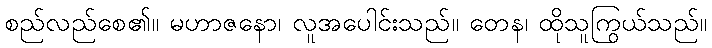
စည်လည်စေ၏။ မဟာဇနော၊ လူအပေါင်းသည်။ တေန၊ ထိုသူကြွယ်သည်။